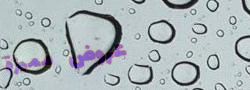
عروض مميزة